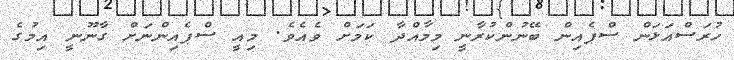
ހުރަސްއަޅަން ސްޕެއިން ބޭނުންކުރާނީ މިމާއްދާ ކަމަށް ވެއެވެ. މިއީ ސްޕެއިންނަށް ގާނޫނީ އިމުގެ